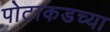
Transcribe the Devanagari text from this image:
पोटाकडच्या